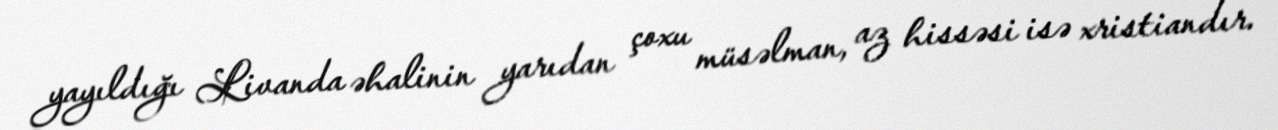
yayıldığı Livanda əhalinin yarıdan çoxu müsəlman, az hissəsi isə xristiandır.